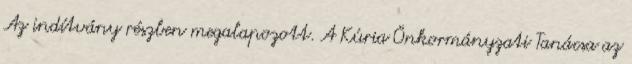
Az indítvány részben megalapozott. A Kúria Önkormányzati Tanácsa az